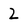
Character: 2